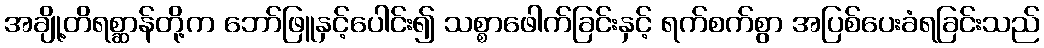
အချို့တိရစ္ဆာန်တို့က ဘော်ဖြူနှင့်ပေါင်း၍ သစ္စာဖေါက်ခြင်းနှင့် ရက်စက်စွာ အပြစ်ပေးခံရခြင်းသည်